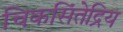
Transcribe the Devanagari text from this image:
चिकसिंतेद्रिय